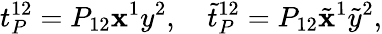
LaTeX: t_{P}^{12}=P_{12}\mathbf{x}^{1}y^{2},\quad\tilde{{t}}_{P}^{12}=P_{12}\tilde{{\mathbf{x}}}^{1}\tilde{{y}}^{2},